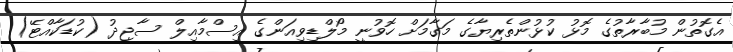
އެގޮތުން މުބާރާތުގެ މޮޅު ކުޅުންތެރިޔާގެ މަގާމަށް ހޮވުނީ މޯލްޑިވިއަންގެ އިސްމާއިލް ސާޖިދު (ކުޑަކާއްޓޭ)